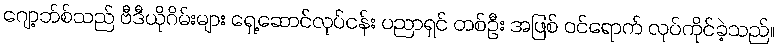
ဂျော့ဘ်စ်သည် ဗီဒီယိုဂိမ်းများ ရှေ့ဆောင်လုပ်ငန်း ပညာရှင် တစ်ဦး အဖြစ် ဝင်ရောက် လုပ်ကိုင်ခဲ့သည်။